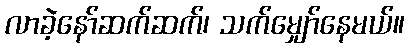
လာခဲ့နော်ဆက်ဆက်၊ သက်မျှော်နေမယ်။